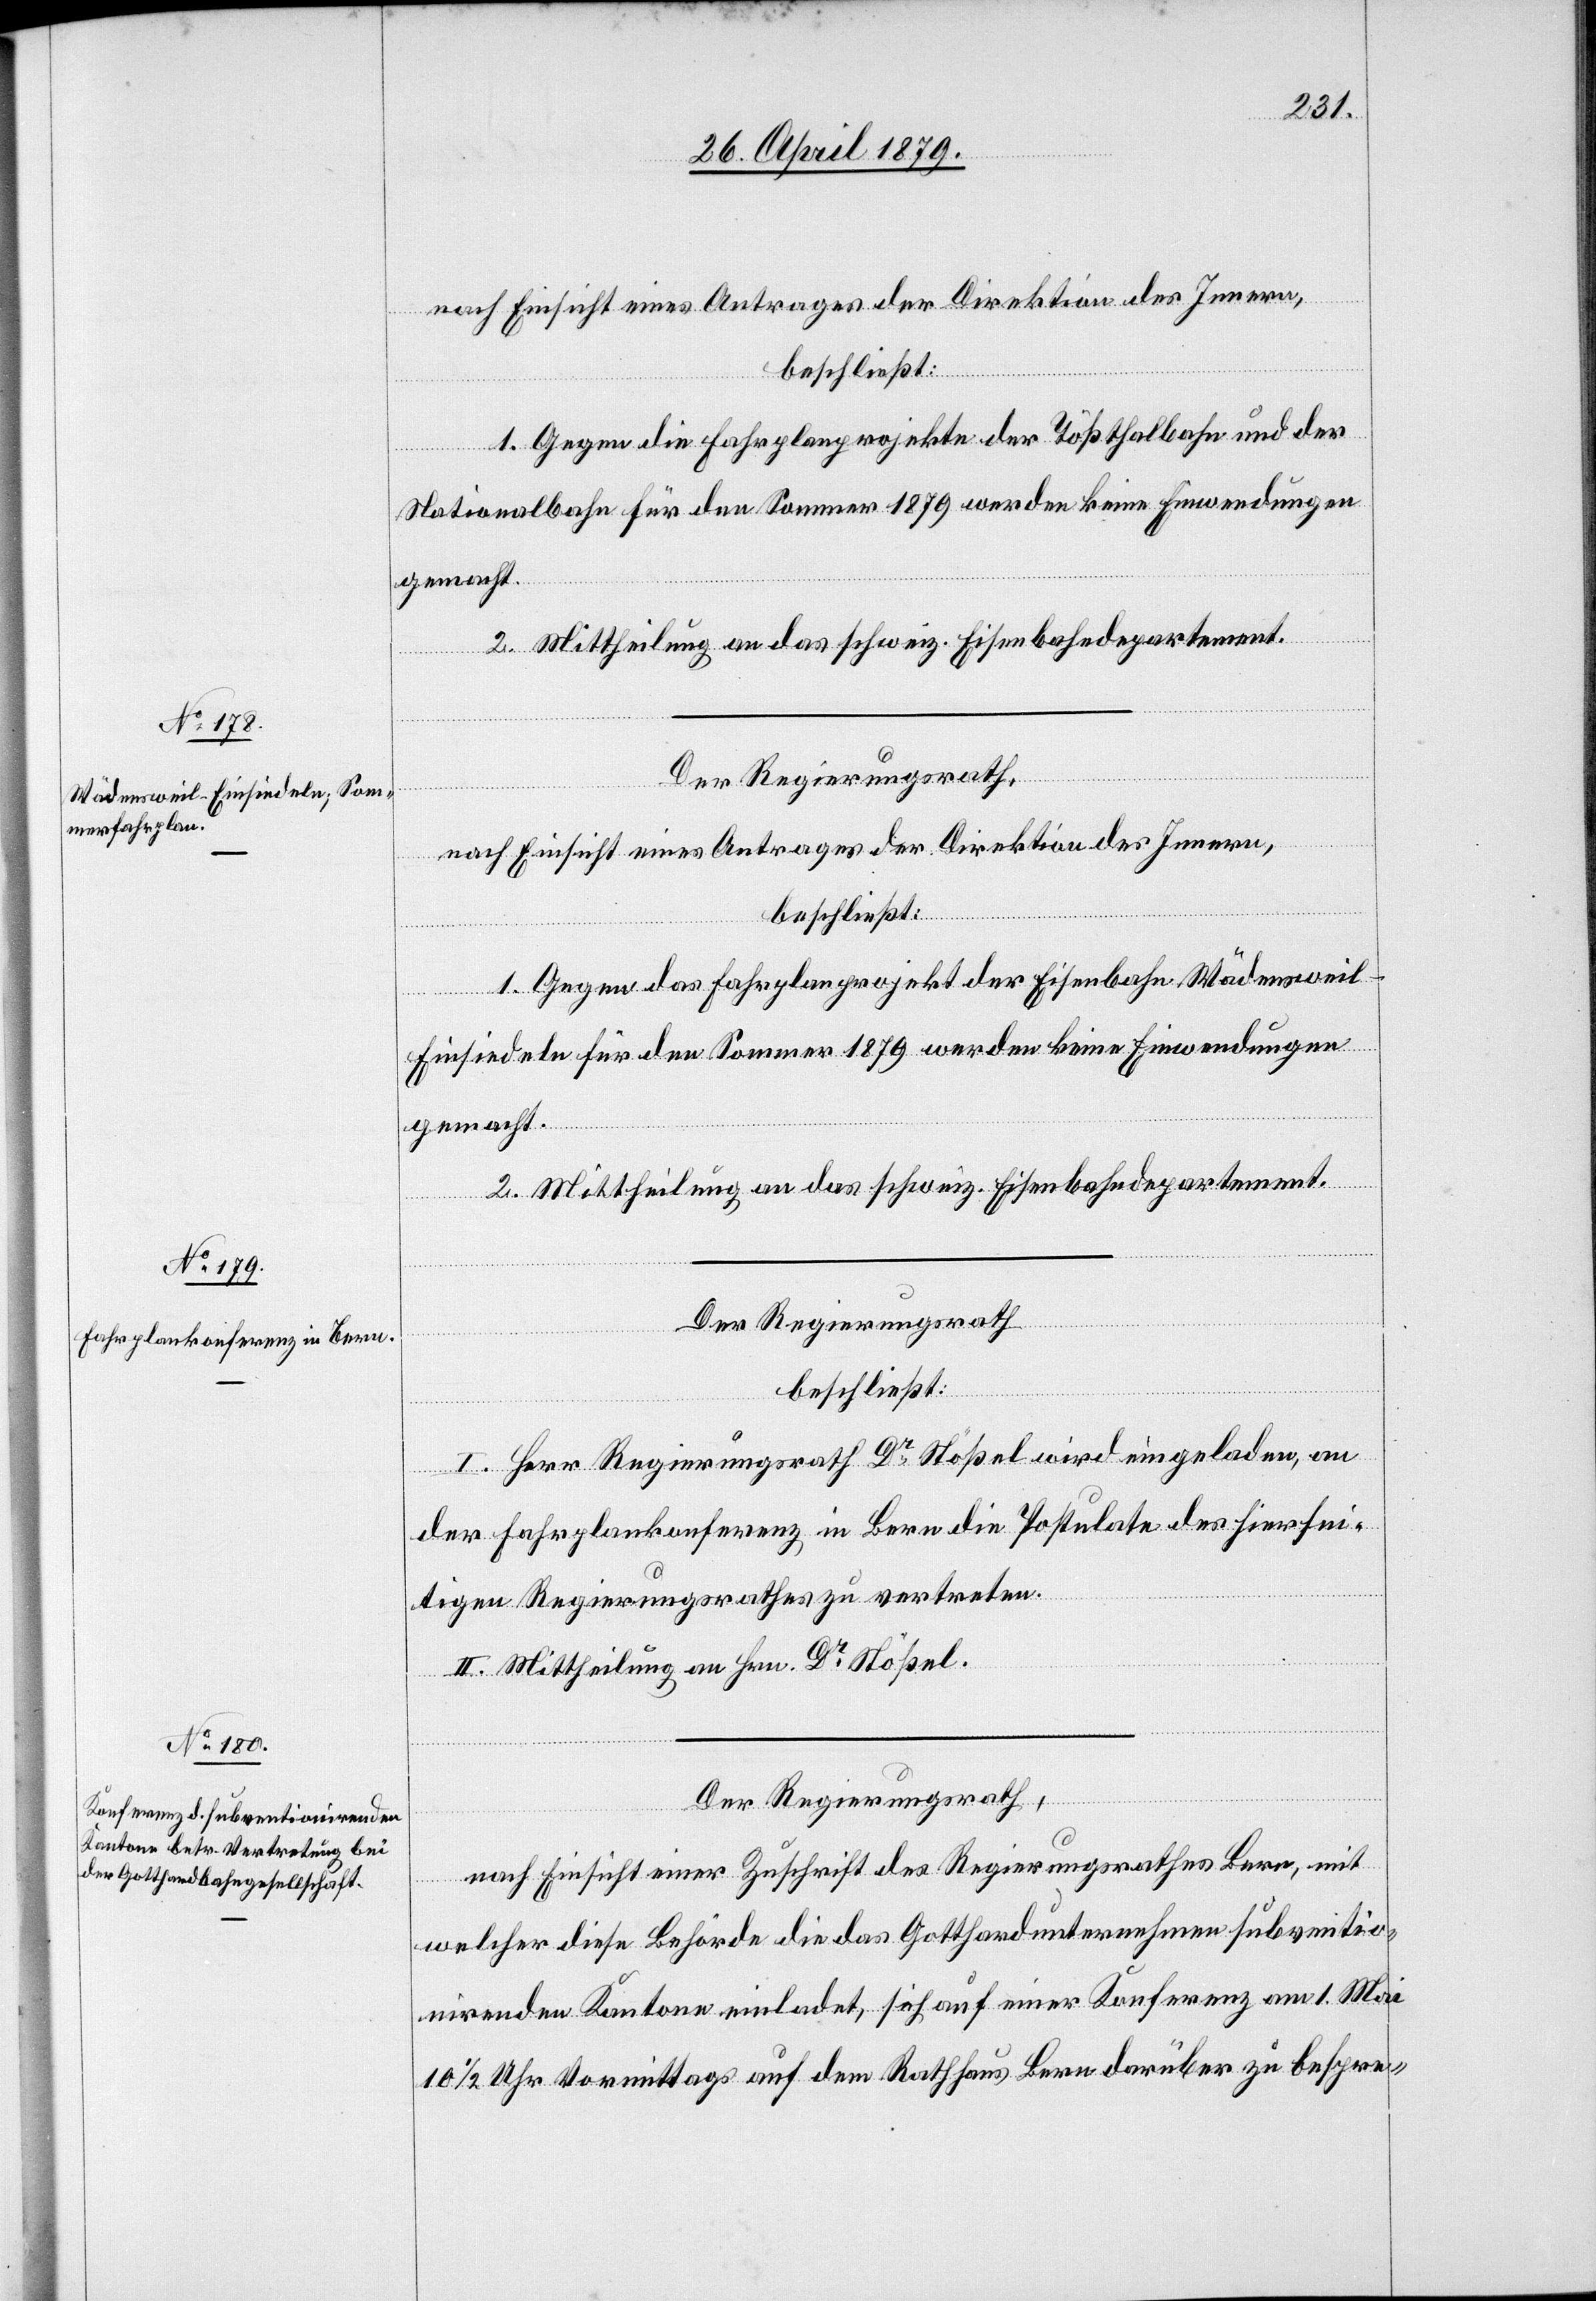
nach Einsicht eines Antrages der Direktion des Innern,
beschließt:
1. Gegen die Fahrplanprojekte der Tößthalbahn und der
Nationalbahn für den Sommer 1879 werden keine Einwendungen
gemacht.
2. Mittheilung an das schweiz. Eisenbahndepartement.
Der Regierungsrath,
nach Einsicht eines Antrages der Direktion des Innern,
beschließt:
1. Gegen das Fahrplanprojekt der Eisenbahn Wädensweil–E¬
insiedeln für den Sommer 1879 werden keine Einwendungen
gemacht.
2. Mittheilung an das schweiz. Eisenbahndepartement.
Der Regierungsrath,
beschließt:
I. Herr Regierungsrath Dr Stößel wird eingeladen, an
der Fahrplankonferenz in Bern die Postulate des hiersei¬
tigen Regierungsrathes zu vertreten.
II. Mittheilung an Hrn. Dr Stößel.
Der Regierungsrath,
nach Einsicht einer Zuschrift des Regierungsrathes Bern, mit
welcher diese Behörde die das Gotthardunternehmen subventio¬
nirenden Kantone einladet, sich auf einer Konferenz am 1. Mai
10 1/2 Uhr Vormittags auf dem Rathhaus Bern darüber zu bespre-